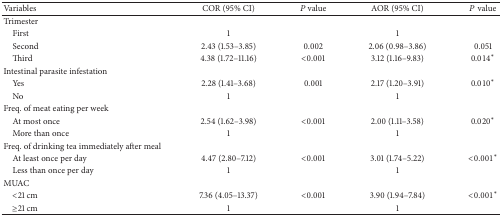
| Variables | COR (95% CI) | P value | AOR (95% CI) | P value |
 | --- | --- | --- | --- | --- |
 | Trimester |  |  |  |  |
 | First | 1 |  | 1 |  |
 | Second | 2.43 (1.53–3.85) | 0.002 | 2.06 (0.98–3.86) | 0.051 |
 | Third | 4.38 (1.72–11.16) | <0.001 | 3.12 (1.16–9.83) | 0.014∗ |
 | Intestinal parasite infestation |  |  |  |  |
 | Yes | 2.28 (1.41–3.68) | 0.001 | 2.17 (1.20–3.91) | 0.010∗ |
 | No | 1 |  | 1 |  |
 | Freq. of meat eating per week |  |  |  |  |
 | At most once | 2.54 (1.62–3.98) | <0.001 | 2.00 (1.11–3.58) | 0.020∗ |
 | More than once | 1 |  | 1 |  |
 | Freq. of drinking tea immediately after meal |  |  |  |  |
 | At least once per day | 4.47 (2.80–7.12) | <0.001 | 3.01 (1.74–5.22) | <0.001∗ |
 | Less than once per day | 1 |  | 1 |  |
 | MUAC |  |  |  |  |
 | <21 cm | 7.36 (4.05–13.37) | <0.001 | 3.90 (1.94–7.84) | <0.001∗ |
 | ≥21 cm | 1 |  | 1 |  |